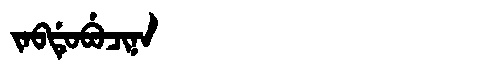
Manchu: ᠵᠠᠪᡩᡠᠪᡠᠴᡳᠨᠠ
Romanization: JABDUBUCINA